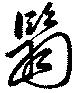
翳